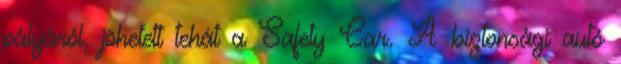
pályáról, jöhetett tehát a Safety Car. A biztonsági autó